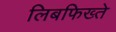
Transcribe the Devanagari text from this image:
लिबफिख्ते